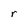
Character: r